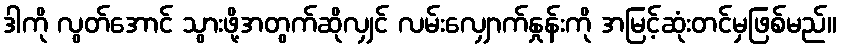
ဒါကို လွတ်အောင် သွားဖို့အတွက်ဆိုလျှင် လမ်းလျှောက်နှုန်းကို အမြင့်ဆုံးတင်မှဖြစ်မည်။